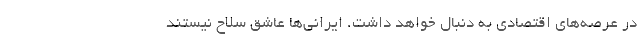
در عرصه‌های اقتصادی به دنبال خواهد داشت. ایرانی‌ها عاشق سلاح نیستند